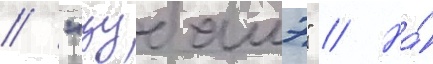
/ "цубамэ" // На́